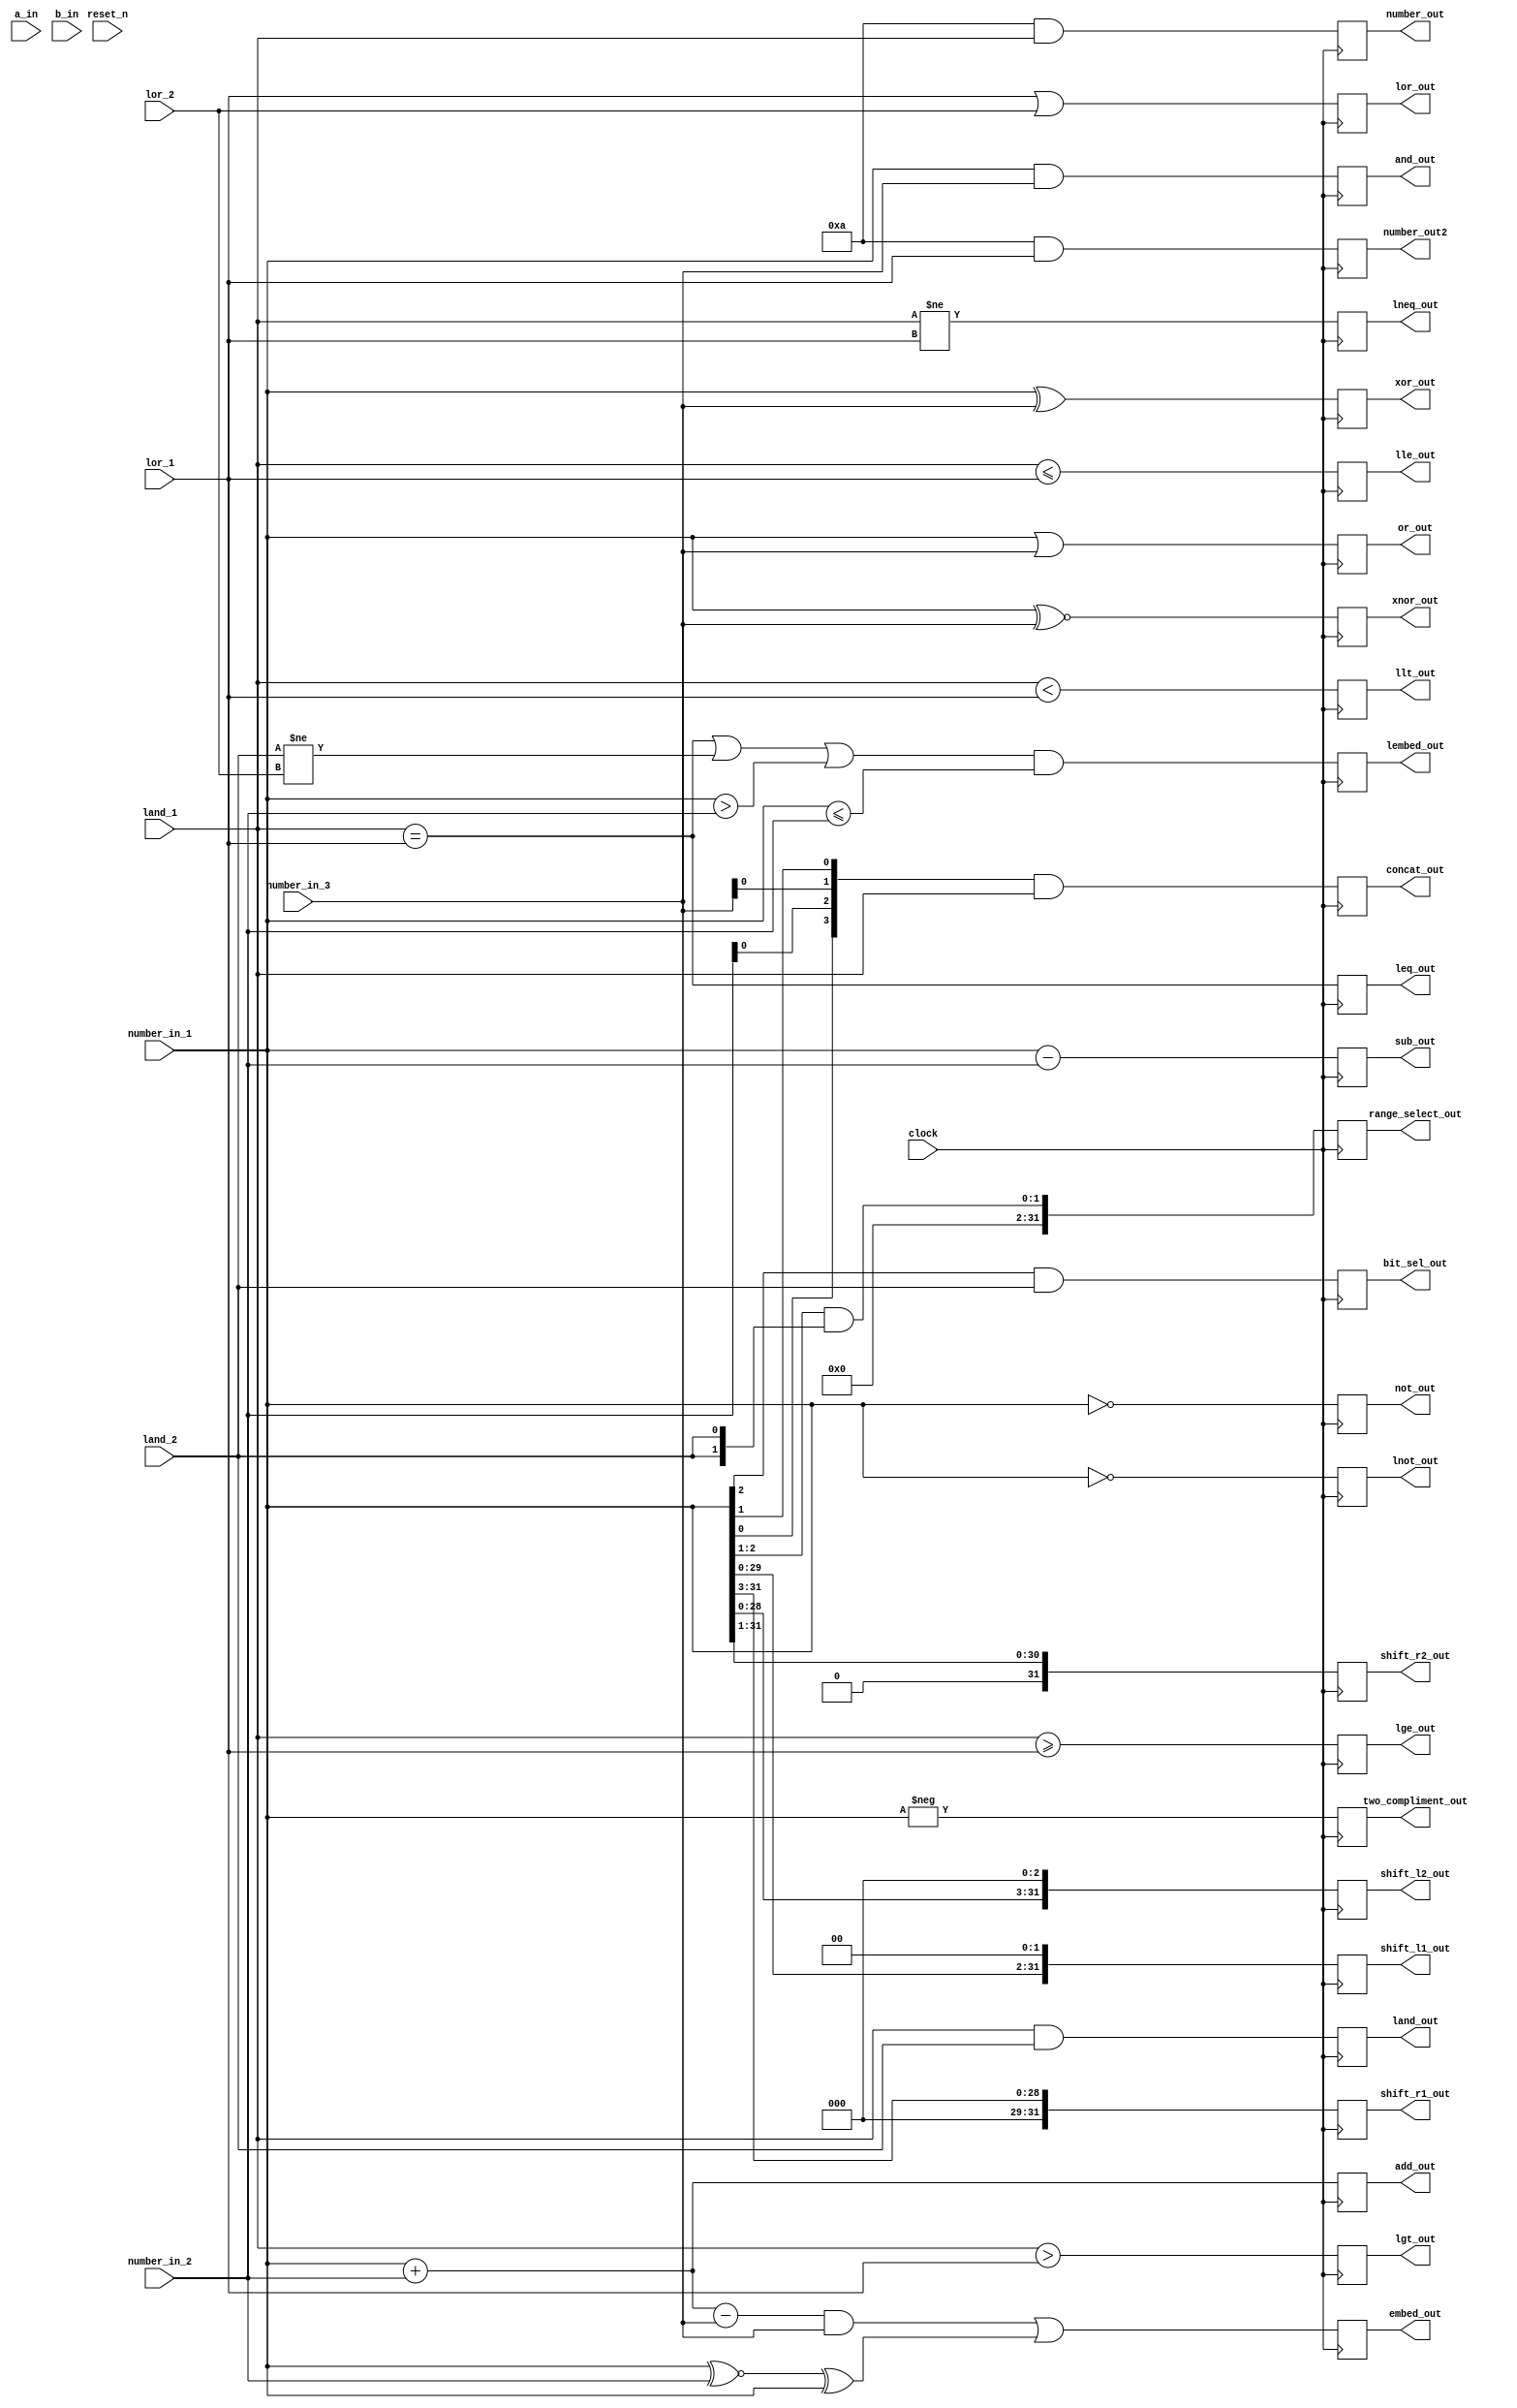
// DEFINES
`define BITS 32         // Bit width of the operands

module 	bm_expr_all_mod(clock, 
		reset_n, 
		a_in, 
		b_in,
		number_in_1,
		number_in_2,
		number_in_3,
		land_1,
		lor_1,
		lor_2,
		land_2,
		
		land_out,
		
		lor_out,
		
		leq_out,
		lneq_out,
		
		lgt_out,
		lge_out,
		llt_out,
		lle_out,
		
		add_out,
		sub_out,
		
		shift_l1_out,
		shift_r1_out,
		shift_l2_out,
		shift_r2_out,
		
		and_out,
		or_out,
		xor_out,
		xnor_out,
		
		lembed_out,
		embed_out,
		bit_sel_out,
		concat_out,
		range_select_out,
		
		number_out,
		number_out2,
		
		not_out,
		lnot_out,
		two_compliment_out
);
		
input	clock;
input 	reset_n;

input [`BITS-1:0] a_in;
input  b_in;

//------------------------------------------------------------
input [`BITS-1:0]	number_in_1;
input [`BITS-1:0]	number_in_2;
input [`BITS-2:0]	number_in_3;
input [`BITS-1:0]land_1;
input [`BITS-1:0]lor_1;
input lor_2;
input land_2;

//------------------------------------------------------------
output land_out;
reg land_out;

output lor_out;
reg lor_out;

output leq_out;
reg leq_out;
output lneq_out;
reg lneq_out;

output lgt_out;
reg lgt_out;
output lge_out;
reg lge_out;
output llt_out;
reg llt_out;
output lle_out;
reg lle_out;

output [`BITS-1:0]	add_out;
reg [`BITS-1:0]	add_out;
output [`BITS-1:0]	sub_out;
reg [`BITS-1:0]	sub_out;

output [`BITS-1:0]	shift_l1_out;
reg [`BITS-1:0]	shift_l1_out;
output [`BITS-1:0]	shift_r1_out;
reg [`BITS-1:0]	shift_r1_out;
output [`BITS-1:0]	shift_l2_out;
reg [`BITS-1:0]	shift_l2_out;
output [`BITS-1:0]	shift_r2_out;
reg [`BITS-1:0]	shift_r2_out;

output [`BITS-1:0]	and_out;
reg [`BITS-1:0]	and_out;
output [`BITS-1:0]	or_out;
reg [`BITS-1:0]	or_out;
output [`BITS-1:0]	xor_out;
reg [`BITS-1:0]	xor_out;
output [`BITS-1:0]	xnor_out;
reg [`BITS-1:0]	xnor_out;

output lembed_out;
reg lembed_out;
output [`BITS-1:0] embed_out;
reg [`BITS-1:0] embed_out;

always @(posedge clock)
begin
/* simple tests of all the binary expressions */
	land_out <= land_1 && land_2;
	lor_out <= lor_1 || lor_2;
	leq_out <= land_1 == lor_1;
	lneq_out <= land_1 != lor_1;
//	leq_out <= land_1 === land_2; /* not synthesizable */
//	lneq_out <= land_1 !== land_2; /* not synthesizable */
	lgt_out <= land_1 > lor_1;
	lge_out <= land_1 >= lor_1;
	lle_out <= land_1 <= lor_1;
	llt_out <= land_1 < lor_1;

	add_out <= number_in_1 + number_in_2;
	sub_out <= number_in_1 - number_in_2;

	shift_l1_out <= number_in_1 << 4'b0010;
	shift_l2_out <= number_in_1 << 3;
	shift_r1_out <= number_in_1 >> 4'b0011;
	shift_r2_out <= number_in_1 >> 1;

	and_out <= number_in_1 & number_in_3;
	or_out <= number_in_1 | number_in_3;
	xor_out <= number_in_1 ^ number_in_3;
	xnor_out <= number_in_1 ~^ number_in_3;
/* tests of embedded */
	lembed_out <= (((land_1 == lor_1) || (land_2 != lor_2) || (number_in_1 > number_in_2)) && (number_in_1 <= number_in_2));
	embed_out <= (((number_in_1 + number_in_2 - number_in_3) & (number_in_3)) | (((number_in_1 ~^ number_in_2) ^ number_in_1)));
end /* binary exp testing */

//------------------------------------------------------------
output bit_sel_out;
reg bit_sel_out;
output [`BITS-1:0] concat_out;
reg [`BITS-1:0] concat_out;
output [`BITS-1:0] range_select_out;
reg [`BITS-1:0] range_select_out;

/* simple selctions and concatenation */
always @(posedge clock)
begin
	bit_sel_out <= number_in_1[2] & land_2;
	concat_out <= {number_in_1[0], number_in_2[0], number_in_3[0], number_in_1[1]} & land_1;
	range_select_out <= number_in_1[2:1] & {land_2, land_2};
end /* bitselect and concatenation */

//------------------------------------------------------------
output [`BITS-1:0] number_out;
reg [`BITS-1:0] number_out;
output [`BITS-1:0] number_out2;
reg [`BITS-1:0] number_out2;

always @(posedge clock)
begin
	number_out <= 4'b1010 & land_1;
	number_out2 <= 4'b1010 & lor_1;
end 

//------------------------------------------------------------
output [`BITS-1:0] not_out;
reg [`BITS-1:0] not_out;
output lnot_out;
reg lnot_out;
output [`BITS-1:0] two_compliment_out;
reg [`BITS-1:0] two_compliment_out;

/* Testing simple unary operations */
always @(posedge clock)
begin
	not_out <= ~number_in_1; 
	lnot_out <= !number_in_1;  
	two_compliment_out <= -number_in_1;
end 

endmodule